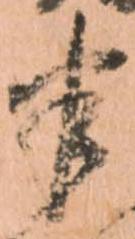
半